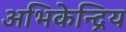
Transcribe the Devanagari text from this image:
अभिकेन्द्रिय